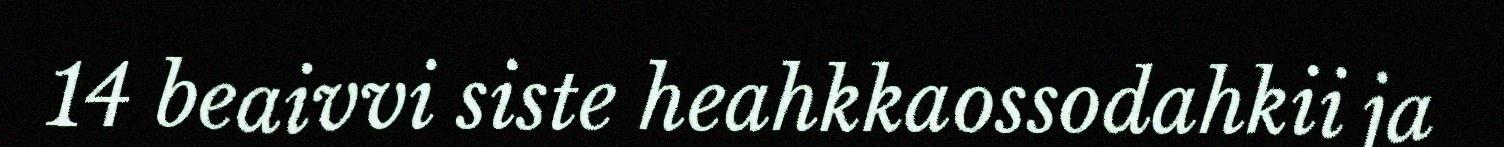
14 beaivvi siste heahkkaossodahkii ja